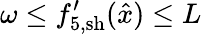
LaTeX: \omega\leq{f}_{5,\mathrm{sh}}^{\prime}(\hat{x})\leq L